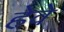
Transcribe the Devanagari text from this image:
हेवे